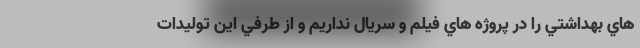
هاي بهداشتي را در پروژه هاي فيلم و سريال نداريم و از طرفي اين توليدات